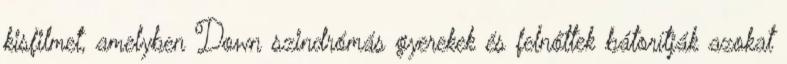
kisfilmet, amelyben Down szindrómás gyerekek és felnőttek bátorítják azokat